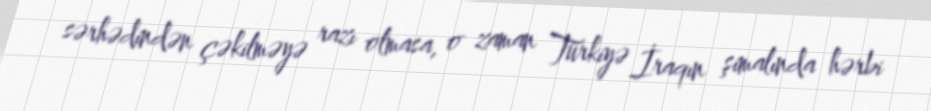
sərhədindən çəkilməyə razı olmasa, o zaman Türkiyə İraqın şimalında hərbi